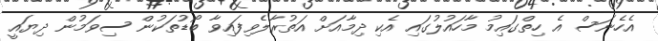
އެހެނަސް އެ ހިތްގައިމު މާހައުލުގައި އެކި ދިމާއަށް އަތުރާލެވިފައިވާ ބޯޑުތަކުން ސިވަމުން ދިޔައީ